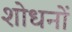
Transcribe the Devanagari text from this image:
शोधनों